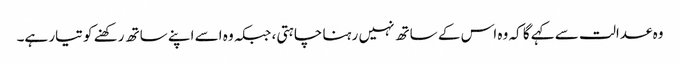
وہ عدالت سے کہے گا کہ وہ اس کے ساتھ نہیں رہنا چاہتی، جبکہ وہ اسے اپنے ساتھ رکھنے کو تیار ہے۔